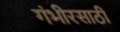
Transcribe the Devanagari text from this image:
गंभीरसाठी